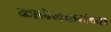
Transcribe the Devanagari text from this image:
कालेलकरांच्या